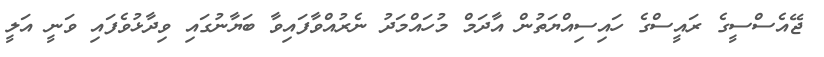
ޖޭއެސްސީގެ ރައީސްގެ ހައިސިއްޔަތުން އާދަމް މުހައްމަދު ނެރުއްވާފައިވާ ބަޔާނުގައި ވިދާޅުވެފައި ވަނީ އަލީ